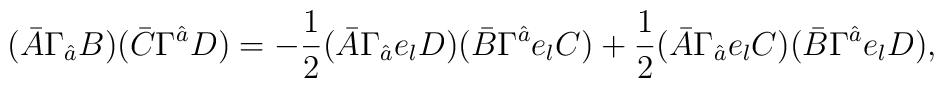
(\bar{A}\Gamma_{\hat{a}}B)(\bar{C}\Gamma^{\hat{a}}D)=-\frac{1}{2}(\bar{A}\Gamma_{\hat{a}}e_{l}D)(\bar{B}\Gamma^{\hat{a}}e_{l}C)+\frac{1}{2}(\bar{A}\Gamma_{\hat{a}}e_{l}C)(\bar{B}\Gamma^{\hat{a}}e_{l}D),